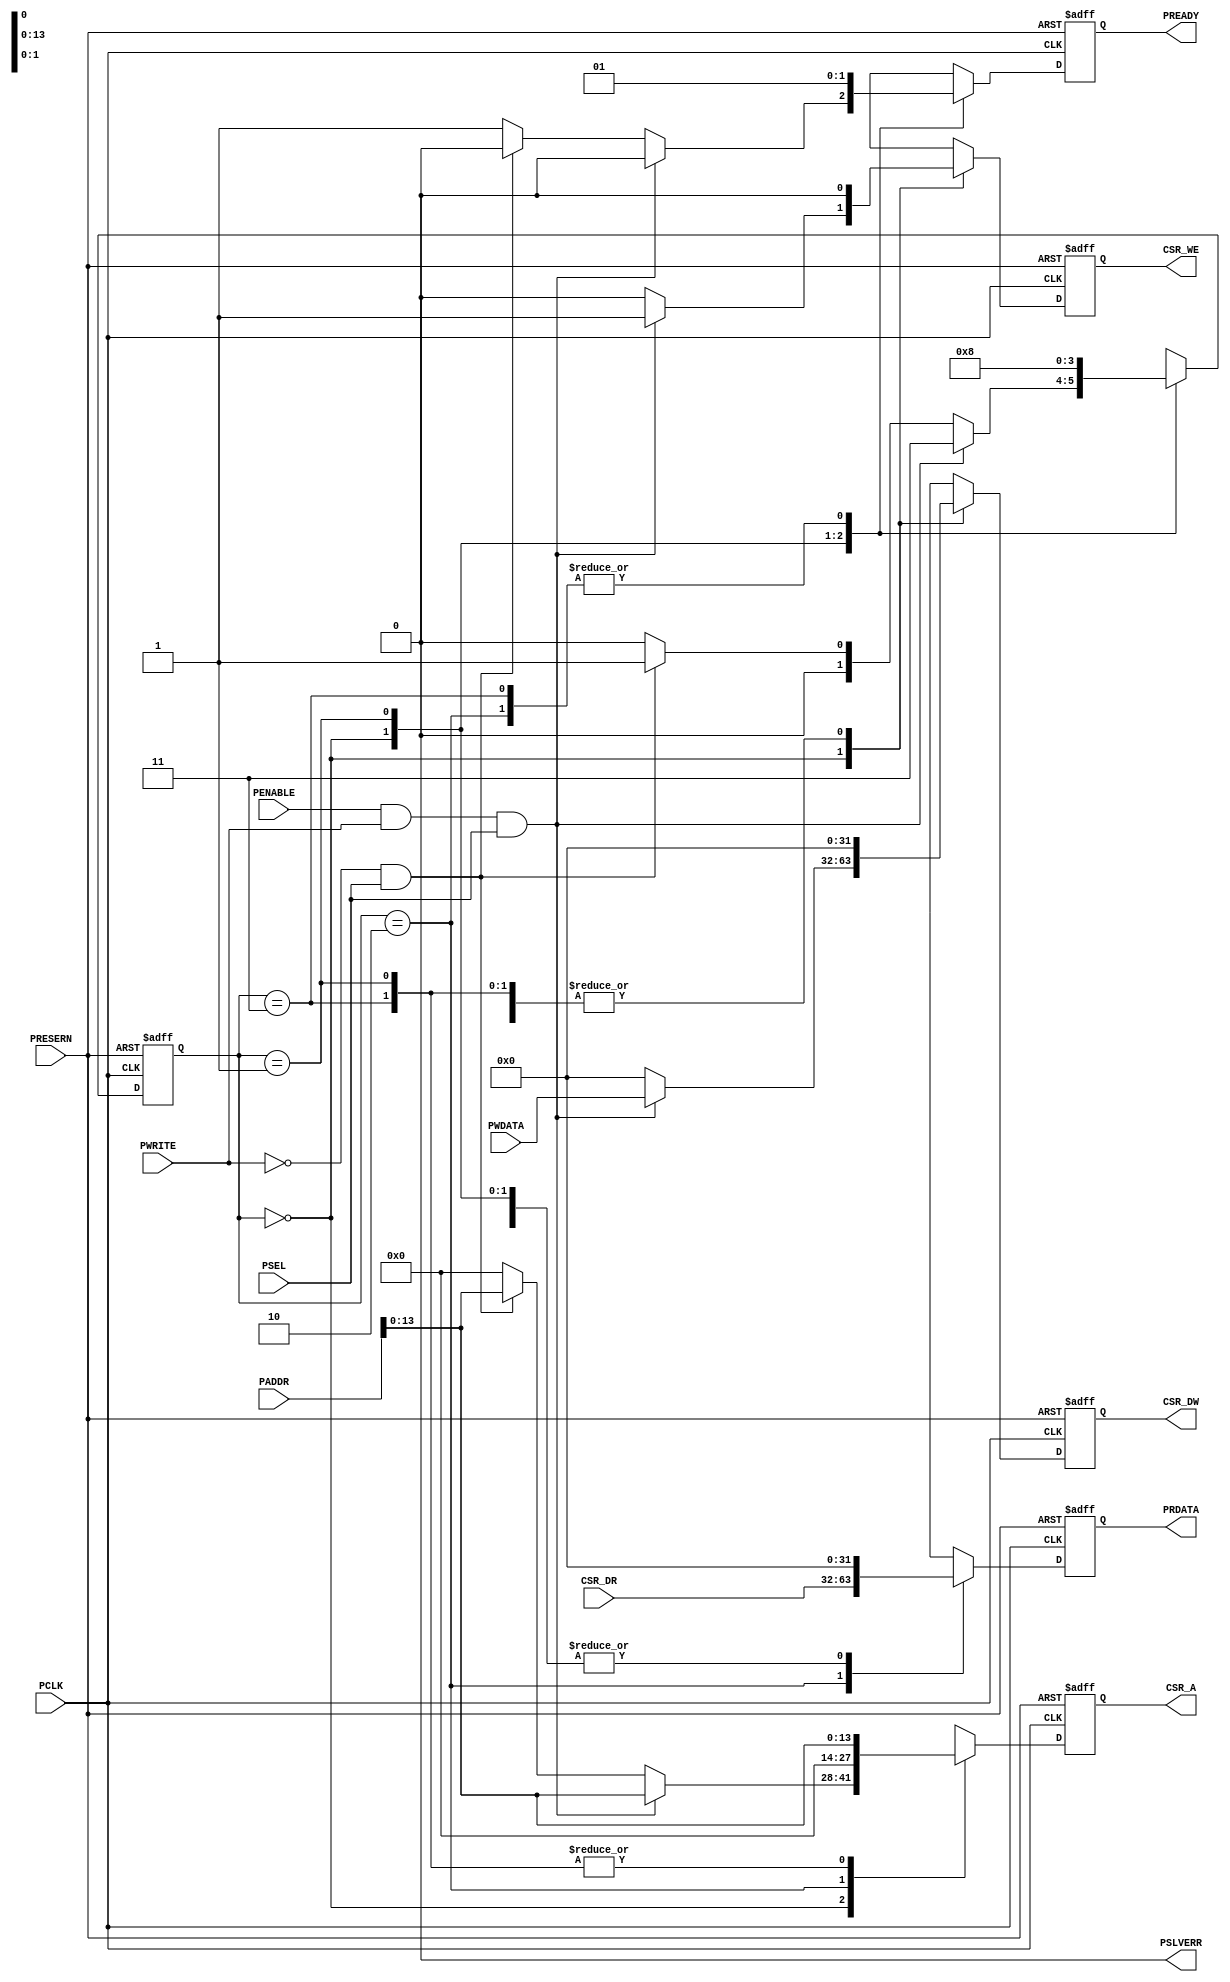
// apb_csr_bridge.v

// This variant of the bridge is untested!
// Please report any issues:
//   https://github.com/cdzombak/misc-hardware/issues

// Bridge between an ARM APB3 master and a CSR slave.
// This version uses 14 bits of address space on the APB bus.
// For complete docs, source, and additional info, see:
//   http://github.com/cdzombak/misc-hardware/apb3_csr_bridge-direct

// Originally developed for a UMich EECS373 project:
//   < link TK >
// By Chris Dzombak
//   http://chris.dzombak.name
//   chris@chrisdzombak.net

module apb_csr_bridge(
  PCLK,
  PADDR,
  PENABLE,
  PSEL,
  PRESERN,
  PWRITE,
  PREADY,
  PSLVERR,
  PWDATA,
  PRDATA,
  CSR_A,
  CSR_WE,
  CSR_DW,
  CSR_DR
  );

input PCLK, PENABLE, PSEL, PRESERN, PWRITE;
input  [31:0] PADDR;
input  [31:0] PWDATA;
input  [31:0] CSR_DR;
output reg [31:0] PRDATA;
output reg [31:0] CSR_DW;
output reg [13:0] CSR_A;
output reg PREADY, CSR_WE;
output PSLVERR;

wire rd_enable;
wire wr_enable;

reg [1:0]  state;

parameter IDLE  = 2'b00;
parameter READ1 = 2'b01;
parameter READ2 = 2'b10;
parameter WRITE = 2'b11;

assign wr_enable = (PENABLE && PWRITE && PSEL);
assign rd_enable = (!PWRITE && PSEL);
assign PSLVERR = 1'b0;

always @(posedge PCLK, negedge PRESERN) begin
	if (!PRESERN) begin
		// reset
		CSR_A <= 32'b0;
		CSR_DW <= 32'b0;
		CSR_WE <= 1'b0;
		PREADY <= 1'b1;
		PRDATA <= 32'b0;
		state <= IDLE;
	end else begin
		case (state)
			IDLE:
				if (wr_enable) begin
					// writing data, so kick off write to CSR.
					CSR_A[31:14] <= 18'b0;
					CSR_A[13:0] <= PADDR[13:0];
					CSR_DW <= PWDATA;
					CSR_WE <= 1'b1;
					PREADY <= 1'b0;
					PRDATA <= 32'b0;
					state <= WRITE;
				end else if (rd_enable) begin
					// reading data, so kick off read from CSR
					CSR_A[31:14] <= 18'b0;
					CSR_A[13:0] <= PADDR[13:0];
					CSR_DW <= 32'b0;
					CSR_WE <= 1'b0;
					PREADY <= 1'b0;
					PRDATA <= 32'b0;
					state <= READ1;
				end else begin
					// just idle
					CSR_A <= 32'b0;
					CSR_DW <= 32'b0;
					CSR_WE <= 1'b0;
					PREADY <= 1'b1;
					PRDATA <= 32'b0;
					state <= IDLE;
				end
			READ1: begin
					// we just wrote address to the CSR bus, so it will have data ready next cycle
					CSR_A[31:14] <= 18'b0;
					CSR_A[13:0] <= PADDR[13:0];
					CSR_DW <= 32'b0;
					CSR_WE <= 1'b0;
					PREADY <= 1'b0;
					PRDATA <= 32'b0;
					state <= READ2;
				end
			READ2: begin
					// yay, CSR has data ready for us now
					PREADY <= 1'b1;
					PRDATA <= CSR_DR;
					CSR_A <= 32'b0;
					CSR_DW <= 32'b0;
					CSR_WE <= 1'b0;
					state <= IDLE;
				end
			WRITE: begin
					// we just wait one cycle to give the CSR write time to complete
					CSR_A[31:14] <= 18'b0;
					CSR_A[13:0] <= PADDR[13:0];
					CSR_DW <= 32'b0;
					CSR_WE <= 1'b0;
					PREADY <= 1'b1;
					PRDATA <= 32'b0;
					state <= IDLE;
				end
			default: begin
					// reset
					CSR_A <= 32'b0;
					CSR_DW <= 32'b0;
					CSR_WE <= 1'b0;
					PREADY <= 1'b1;
					PRDATA <= 32'b0;
					state <= IDLE;
				end
		endcase
	end
end

endmodule